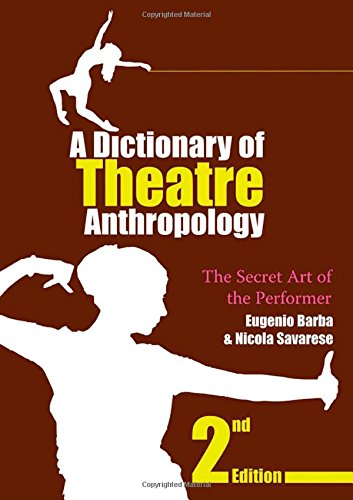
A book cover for A Dictionary of Theatre Anthropology: The Secret Art of the Performer; Eugenio Barba; Humor & Entertainment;